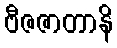
ဗီဇဇာတာနိ